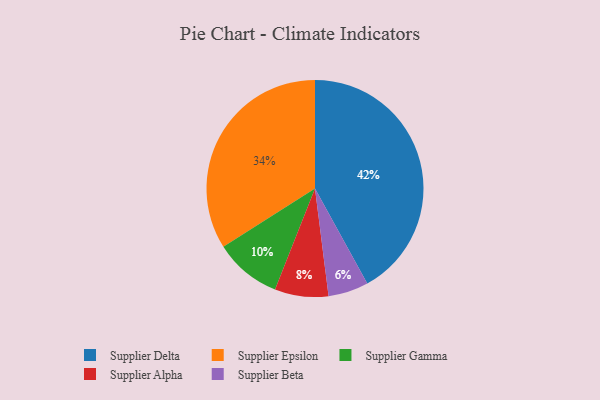
{"axis": {"x": "Category", "y": "Percentage"}, "legend": ["Supplier Alpha", "Supplier Beta", "Supplier Delta", "Supplier Epsilon", "Supplier Gamma"], "data": [{"x": "Supplier Epsilon", "y": 34, "type": "Supplier Epsilon"}, {"x": "Supplier Gamma", "y": 10, "type": "Supplier Gamma"}, {"x": "Supplier Alpha", "y": 8, "type": "Supplier Alpha"}, {"x": "Supplier Delta", "y": 42, "type": "Supplier Delta"}, {"x": "Supplier Beta", "y": 6, "type": "Supplier Beta"}]}